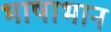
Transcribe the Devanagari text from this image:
भाषाभान